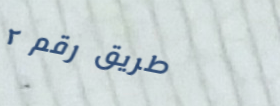
طريق رقم ٢